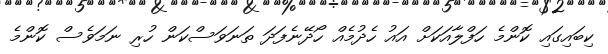
ކިބައިގައި ކޮންމެ ހަފްލާއަކަށް އައު ހެދުމެއް ހޯދޭނެފަދަ ތަނަވަސްކަން ހުރި ނަމަވެސް ކޮންމެ